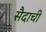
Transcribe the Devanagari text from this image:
सैदाची